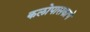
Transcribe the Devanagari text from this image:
कलोपासकाचे